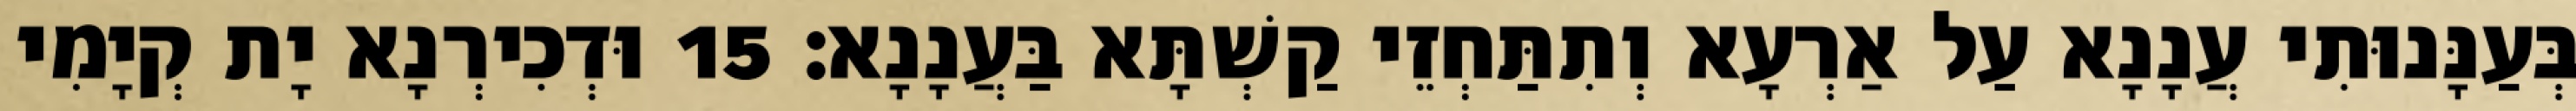
בְּעַנָּנוּתִי עֲנָנָא עַל אַרְעָא וְתִתַּחְזֵי קַשְׁתָּא בַּעֲנָנָא׃ 15 וּדְכִירְנָא יָת קְיָמִי